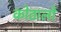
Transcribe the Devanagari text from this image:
कोठालो